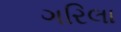
ગરિલા